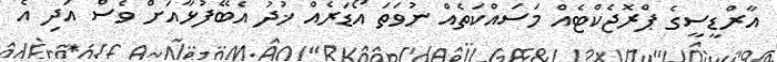
އާރްޑީސީގެ ޕްރޮޖެކްޓެއް މަސައްކަތެއް ނުވަތަ އޯޑަރެއް ޚުދު އެބޭފުޅާއަށް ވެސް އަދި އެ